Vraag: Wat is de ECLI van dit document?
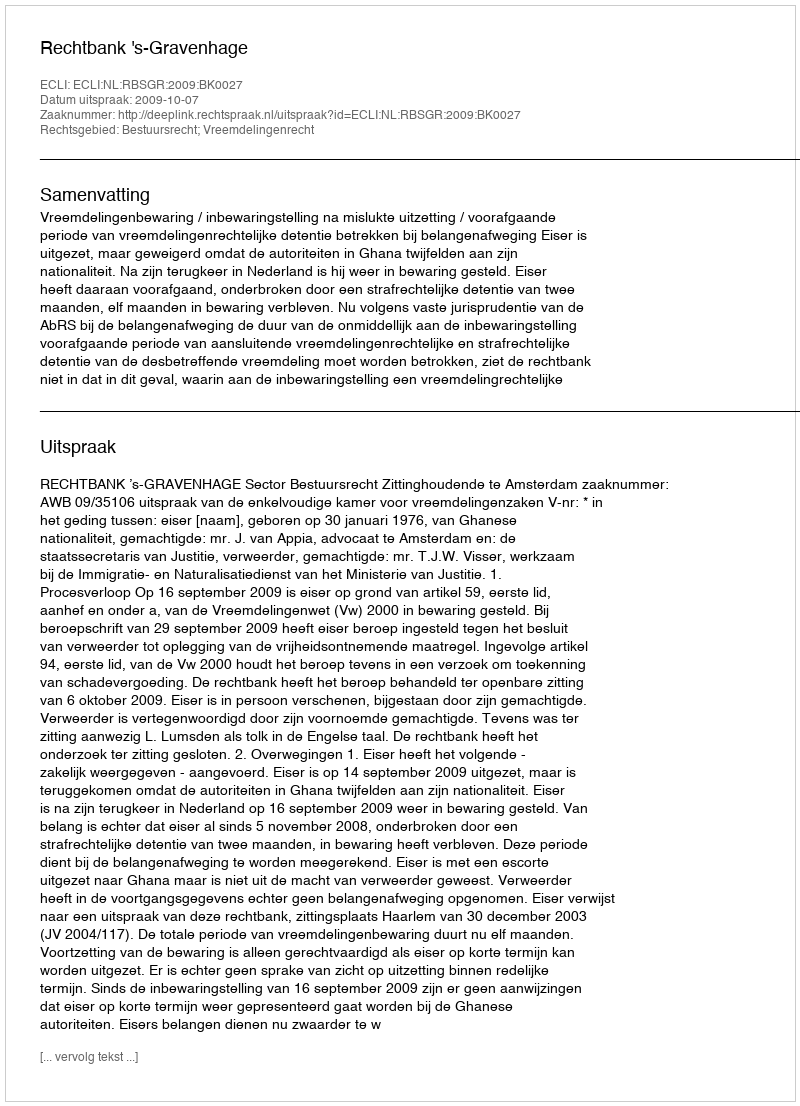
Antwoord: ECLI:NL:RBSGR:2009:BK0027